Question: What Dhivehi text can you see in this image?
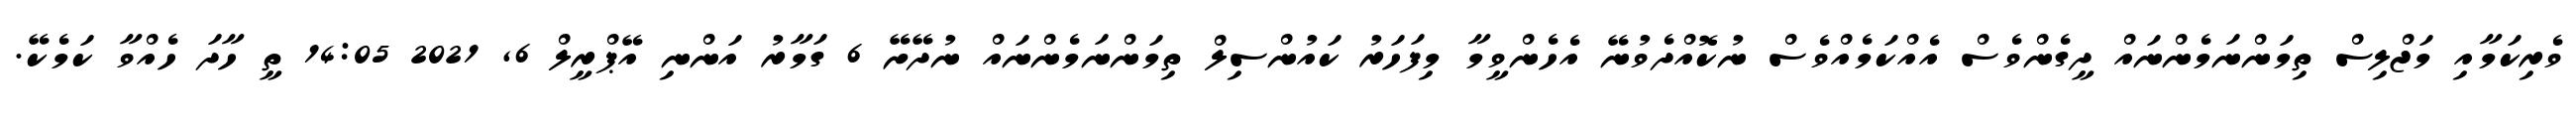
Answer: ވެރިކަމާއި މަޖްލިސް ތިމަންނަމެންނައް ދީގެންވެސް އެއްކަމެއްވެސް ނުކޮއްދެވުނޭ އެހެންވީމާ މިފަހަރު ކައުންސިލް ތިމަންނަމެންނައް ނުދޭށޭ 6 ގަމާރު އަންނި އޭޕްރީލް 6, 2021 14:05 ތީ ހާދަ ހެއްވާ ކަމެކޭ.